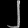
Digit: ၂